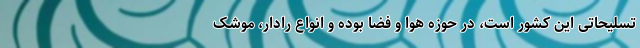
تسلیحاتی این کشور است، در حوزه هوا و فضا بوده و انواع رادار، موشک